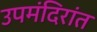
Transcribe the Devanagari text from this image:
उपमंदिरांत